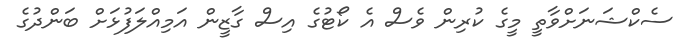
ސެކްޝަނަށްވާތީ މީގެ ކުރިން ވެސް އެ ކޯޓުގެ އިސް ގާޒީން އަމިއްލަފުޅަށް ބަންދުގެ